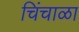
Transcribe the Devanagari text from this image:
चिंचाळा